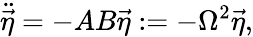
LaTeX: \ddot{\vec{\eta}}=-AB\vec{\eta}:=-\Omega^{2}\vec{\eta},